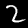
Digit: 2